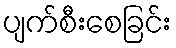
ပျက်စီးစေခြင်း